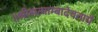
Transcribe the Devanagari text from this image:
॥श्रीसत्याम्बादेवतायै